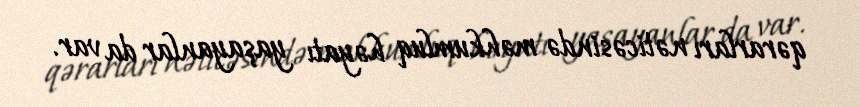
qərarları nəticəsində məhkumluq həyatı yaşayanlar da var.